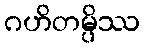
ဂဟိတမ္ပိဿ